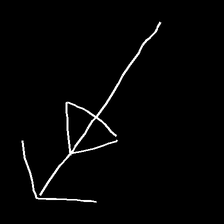
Glyph: pull